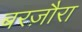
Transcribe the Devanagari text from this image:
बरज़ौरा